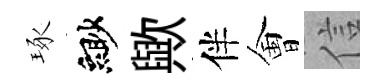
琢緲歟伴㑹信